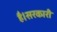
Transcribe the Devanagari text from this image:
है।सरकारी